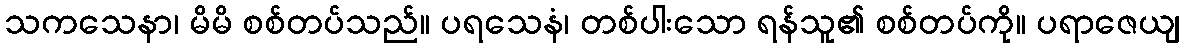
သကသေနာ၊ မိမိ စစ်တပ်သည်။ ပရသေနံ၊ တစ်ပါးသော ရန်သူ၏ စစ်တပ်ကို။ ပရာဇေယျ